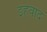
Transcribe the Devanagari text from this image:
इहवाद